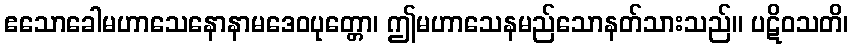
ဧသောခေါမဟာသေနောနာမဒေဝပုတ္တော၊ ဤမဟာသေနမည်သောနတ်သားသည်။ ပဋိဝသတိ၊